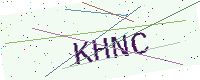
Text: KHNC